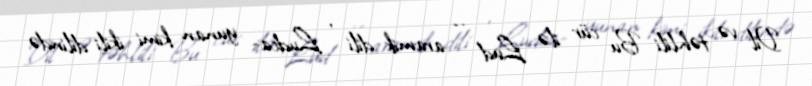
Dil və təhlili Bu cür ilə Lud — aramik dili , Ludca- yunan kimi ikili dilində